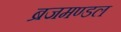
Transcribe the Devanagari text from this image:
ब्रजमण्डल